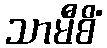
သာမီစိံ